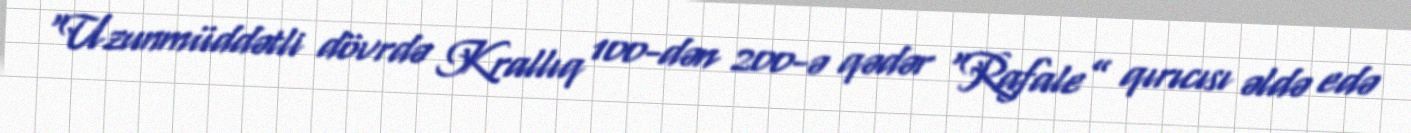
“Uzunmüddətli dövrdə Krallıq 100-dən 200-ə qədər “Rafale” qırıcısı əldə edə